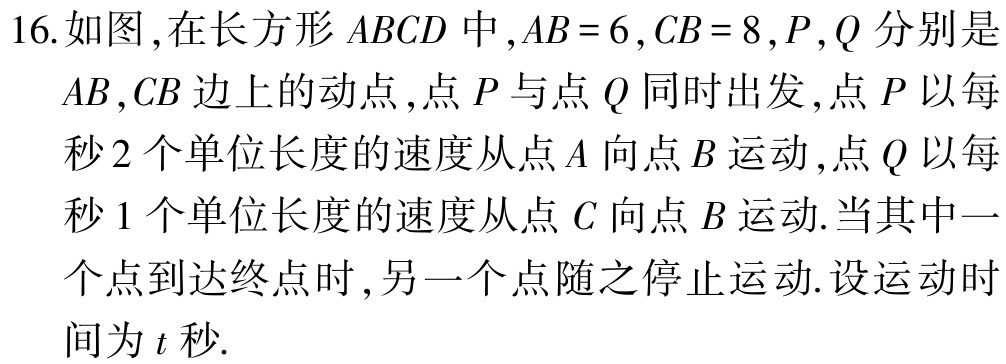
16. 如图,在长方形 \(ABCD\) 中,\(AB = 6\),\(CB = 8\),\(P,Q\) 分别是

\(AB,CB\) 边上的动点,点 \(P\) 与点 \(Q\) 同时出发,点 \(P\) 以每

秒 \(2\) 个单位长度的速度从点 \(A\) 向点 \(B\) 运动,点 \(Q\) 以每

秒 \(1\) 个单位长度的速度从点 \(C\) 向点 \(B\) 运动.当其中一

个点到达终点时,另一个点随之停止运动.设运动时

间为 \(t\) 秒.